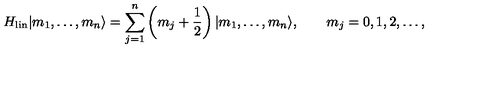
H _ { \mathrm { l i n } } | m _ { 1 } , \ldots , m _ { n } \rangle = \sum _ { j = 1 } ^ { n } \left( m _ { j } + { \frac { 1 } { 2 } } \right) | m _ { 1 } , \ldots , m _ { n } \rangle , \qquad m _ { j } = 0 , 1 , 2 , \ldots ,